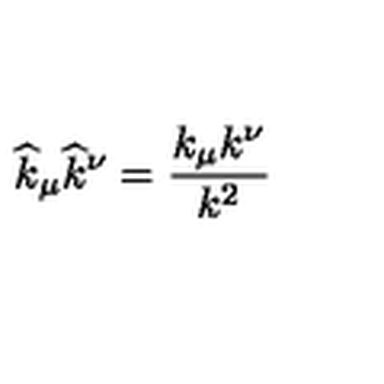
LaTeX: \widehat { k } _ { \mu } \widehat { k } ^ { \nu } = \frac { k _ { \mu } k ^ { \nu } } { k ^ { 2 } }